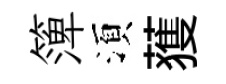
𥱼湏𫉬